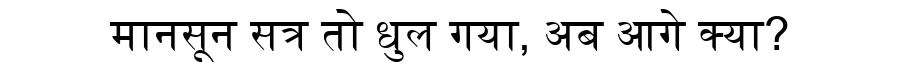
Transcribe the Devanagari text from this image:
मानसून सत्र तो धुल गया, अब आगे क्या?